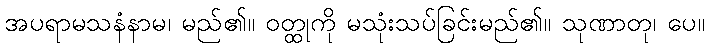
အပရာမသနံနာမ၊ မည်၏။ ဝတ္ထုကို မသုံးသပ်ခြင်းမည်၏။ သုဏာတု၊ ပေ။